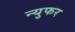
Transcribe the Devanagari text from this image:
न्युफर